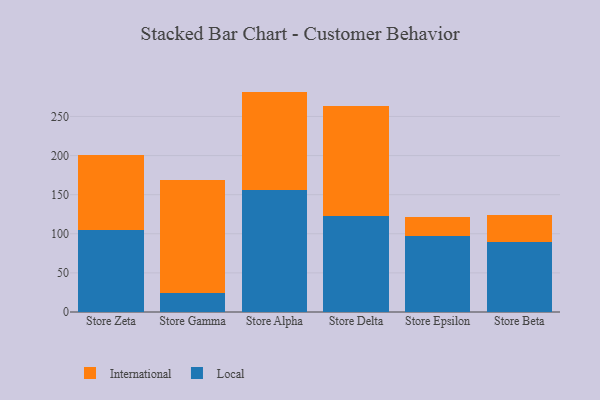
{"axis": {"x": "Store", "y": "Energy Usage (MWh)"}, "legend": ["International", "Local"], "data": [{"x": "Store Zeta", "y": 104.6, "type": "Local"}, {"x": "Store Zeta", "y": 95.8, "type": "International"}, {"x": "Store Gamma", "y": 24.2, "type": "Local"}, {"x": "Store Gamma", "y": 144.2, "type": "International"}, {"x": "Store Alpha", "y": 155.9, "type": "Local"}, {"x": "Store Alpha", "y": 125.9, "type": "International"}, {"x": "Store Delta", "y": 122.8, "type": "Local"}, {"x": "Store Delta", "y": 140.9, "type": "International"}, {"x": "Store Epsilon", "y": 97.0, "type": "Local"}, {"x": "Store Epsilon", "y": 25.0, "type": "International"}, {"x": "Store Beta", "y": 89.4, "type": "Local"}, {"x": "Store Beta", "y": 34.1, "type": "International"}]}